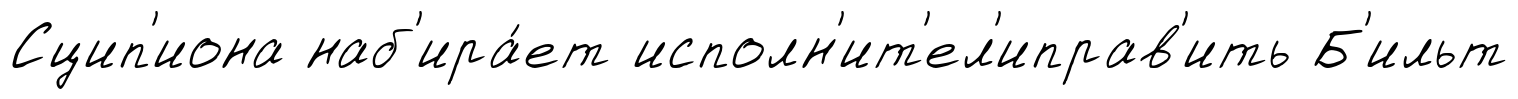
Сцип'иона наб'ира́ет исполн'ит'ел'иправ'ить Б'ильт